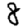
Digit: 8